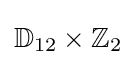
\mathbb {D} _{12}\times \mathbb {Z} _{2}